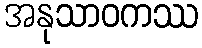
အနုသာဝကဿ